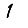
Digit: 1